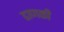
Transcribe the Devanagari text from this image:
ढाणकी